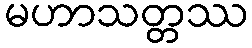
မဟာသတ္တဿ